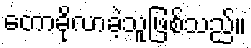
တောခိုလာခဲ့သူဖြစ်သည်။